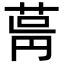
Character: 𦱫